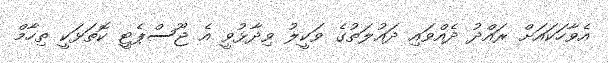
އެވާހަކައަށް ރައްދު ދެއްވައި ދައުލަތުގެ ވަކީލު ވިދާޅުވީ އެ ޖޫސްޕެޓީ ކޮތަޅަކީ ތިހާމް